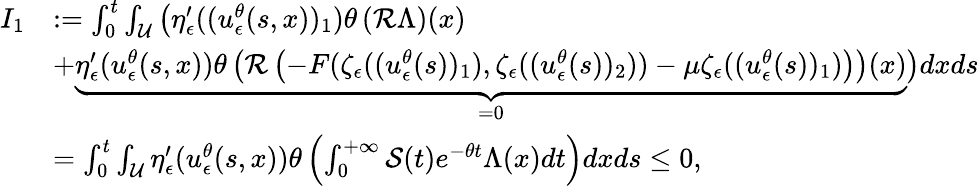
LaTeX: \begin{array}{rl}{I_{1}}&{:=\int_{0}^{t}\int_{\mathcal{U}}\big(\eta_{\epsilon}^{\prime}((u_{\epsilon}^{\theta}(s,x))_{1})\theta\left(\mathcal{R}\Lambda\right)(x)}\\ &{+\underbrace{\eta_{\epsilon}^{\prime}(u_{\epsilon}^{\theta}(s,x))\theta\left(\mathcal{R}\left(-F(\zeta_{\epsilon}((u_{\epsilon}^{\theta}(s))_{1}),\zeta_{\epsilon}((u_{\epsilon}^{\theta}(s))_{2}))-\mu\zeta_{\epsilon}((u_{\epsilon}^{\theta}(s))_{1})\right)\right)(x)}_{=0}\big)dxds}\\ &{=\int_{0}^{t}\int_{\mathcal{U}}\eta_{\epsilon}^{\prime}(u_{\epsilon}^{\theta}(s,x))\theta\left(\int_{0}^{+\infty}\mathcal{S}(t)e^{-\theta t}\Lambda(x)dt\right)dxds\leq 0,}\end{array}